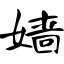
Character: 嫱